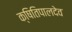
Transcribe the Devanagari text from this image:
क्षितिपालदेव